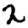
Digit: 2